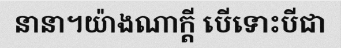
នានា។យ៉ាងណាក្តី បើទោះបីជា